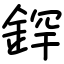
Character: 𫒢